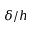
\delta / h